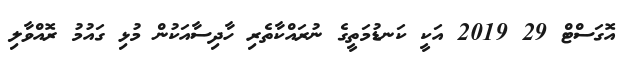
އޮގަސްޓް 29 2019 އަކީ ކަނޑުމަތީގެ ނުރައްކާތެރި ހާދިސާއަކުން މުޅި ގައުމު ރޮއްވާލި